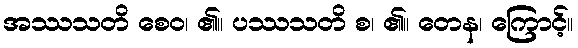
အဿသတိ စေဝ၊ ၏။ ပဿသတိ စ၊ ၏။ တေန၊ ကြောင့်။